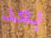
بعد